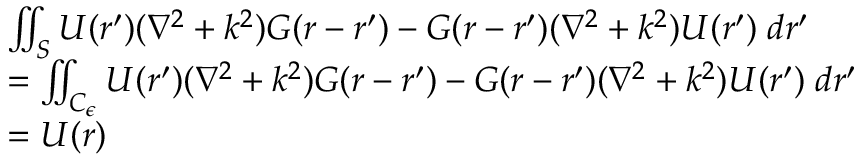
\begin{array} { r l } & { \iint _ { S } U ( \boldsymbol { r } ^ { \prime } ) ( \nabla ^ { 2 } + k ^ { 2 } ) G ( \boldsymbol { r } - \boldsymbol { r ^ { \prime } } ) - G ( \boldsymbol { r } - \boldsymbol { r ^ { \prime } } ) ( \nabla ^ { 2 } + k ^ { 2 } ) U ( \boldsymbol { r } ^ { \prime } ) \; d \boldsymbol { r ^ { \prime } } } \\ & { = \iint _ { C _ { \epsilon } } U ( \boldsymbol { r } ^ { \prime } ) ( \nabla ^ { 2 } + k ^ { 2 } ) G ( \boldsymbol { r } - \boldsymbol { r ^ { \prime } } ) - G ( \boldsymbol { r } - \boldsymbol { r ^ { \prime } } ) ( \nabla ^ { 2 } + k ^ { 2 } ) U ( \boldsymbol { r } ^ { \prime } ) \; d \boldsymbol { r ^ { \prime } } } \\ & { = U ( \boldsymbol { r } ) } \end{array}